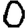
Digit: 0